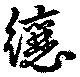
纕